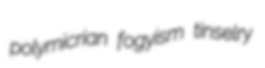
polymicrian fogyism tinselry